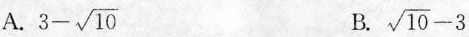
A. $$3 - \sqrt { 1 0 }$$ B. $$\sqrt { 1 0 } - 3$$